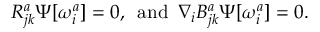
R _ { j k } ^ { a } \Psi [ \omega _ { i } ^ { a } ] = 0 , \enspace \mathrm { a n d } \enspace \nabla _ { i } B _ { j k } ^ { a } \Psi [ \omega _ { i } ^ { a } ] = 0 .